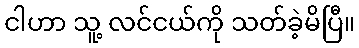
ငါဟာ သူ့ လင်ငယ်ကို သတ်ခဲ့မိပြီ။